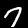
Label: 7